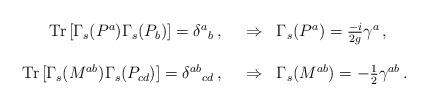
LaTeX: \begin{align*}\begin{array}{rcl}{\rm Tr}\, [\Gamma_{s}(P^{a})\Gamma_{s}(P_{b})]= \delta^{a}{}_{b}\, , \,\,\,\, & \Rightarrow & \Gamma_{s}(P^{a}) = {\textstyle\frac{-i}{2g}}\gamma^{a}\, , \\& & \\{\rm Tr}\, [\Gamma_{s}(M^{ab})\Gamma_{s}(P_{cd})]= \delta^{ab}{}_{cd}\, , \,\,\,\, & \Rightarrow & \Gamma_{s}(M^{ab}) = -{\textstyle\frac{1}{2}}\gamma^{ab}\, .\\\end{array}\end{align*}